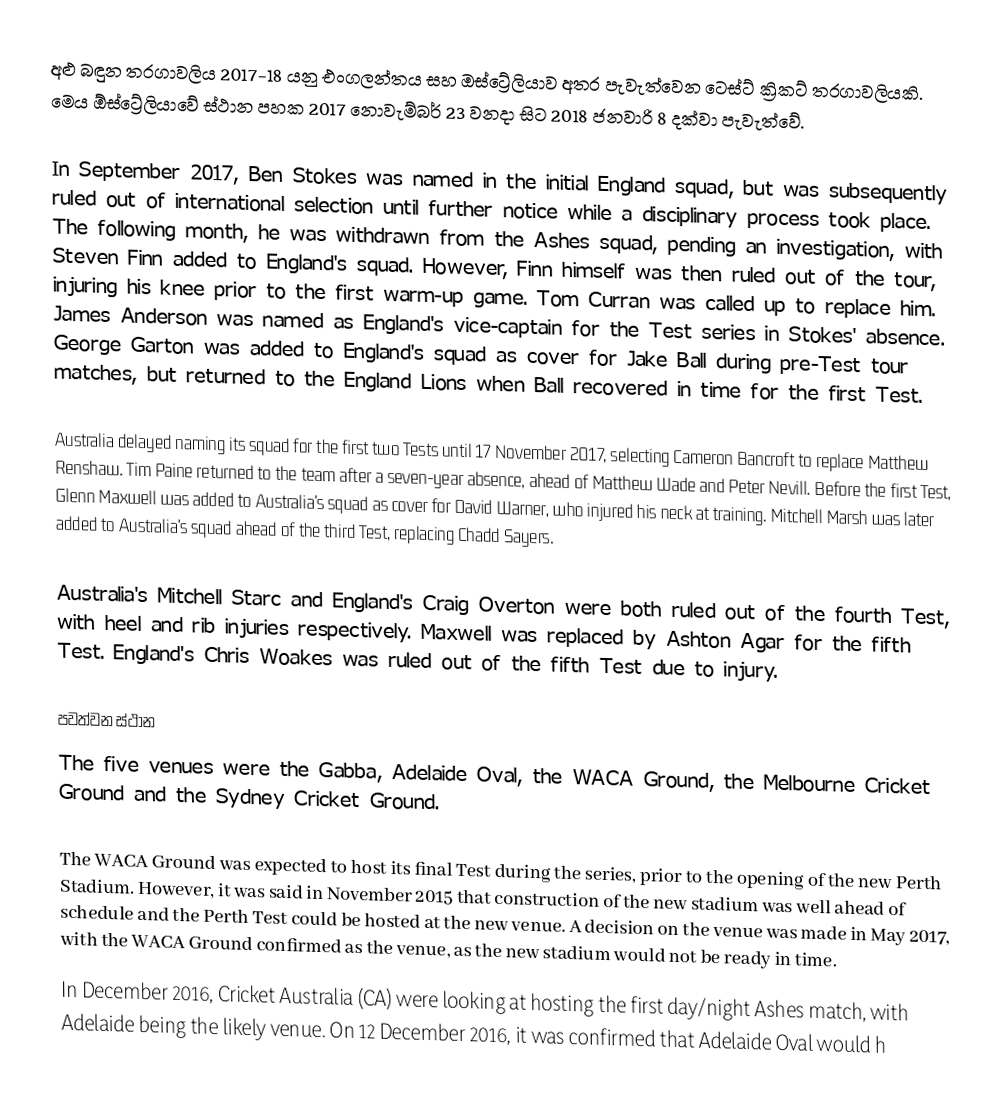
අළු බඳුන තරගාවලිය 2017-18 යනු එංගලන්තය සහ ඔස්ට්‍රේලියාව අතර පැවැත්වෙන ටෙස්ට් ක්‍රිකට් තරගාවලියකි. මෙය ඕස්ට්‍රේලියාවේ ස්ථාන පහක 2017 නොවැම්බර් 23 වනදා සිට 2018 ජනවාරි 8 දක්වා පැවැත්වේ.

In September 2017, Ben Stokes was named in the initial England squad, but was subsequently ruled out of international selection until further notice while a disciplinary process took place. The following month, he was withdrawn from the Ashes squad, pending an investigation, with Steven Finn added to England's squad. However, Finn himself was then ruled out of the tour, injuring his knee prior to the first warm-up game. Tom Curran was called up to replace him. James Anderson was named as England's vice-captain for the Test series in Stokes' absence. George Garton was added to England's squad as cover for Jake Ball during pre-Test tour matches, but returned to the England Lions when Ball recovered in time for the first Test.

Australia delayed naming its squad for the first two Tests until 17 November 2017, selecting Cameron Bancroft to replace Matthew Renshaw. Tim Paine returned to the team after a seven-year absence, ahead of Matthew Wade and Peter Nevill. Before the first Test, Glenn Maxwell was added to Australia's squad as cover for David Warner, who injured his neck at training. Mitchell Marsh was later added to Australia's squad ahead of the third Test, replacing Chadd Sayers.

Australia's Mitchell Starc and England's Craig Overton were both ruled out of the fourth Test, with heel and rib injuries respectively. Maxwell was replaced by Ashton Agar for the fifth Test. England's Chris Woakes was ruled out of the fifth Test due to injury.

පවත්වන ස්ථාන
The five venues were the Gabba, Adelaide Oval, the WACA Ground, the Melbourne Cricket Ground and the Sydney Cricket Ground.

The WACA Ground was expected to host its final Test during the series, prior to the opening of the new Perth Stadium. However, it was said in November 2015 that construction of the new stadium was well ahead of schedule and the Perth Test could be hosted at the new venue. A decision on the venue was made in May 2017, with the WACA Ground confirmed as the venue, as the new stadium would not be ready in time.
In December 2016, Cricket Australia (CA) were looking at hosting the first day/night Ashes match, with Adelaide being the likely venue. On 12 December 2016, it was confirmed that Adelaide Oval would h